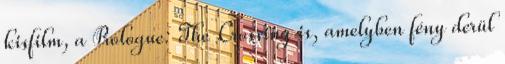
kisfilm, a Prologue: The Crossing is, amelyben fény derül